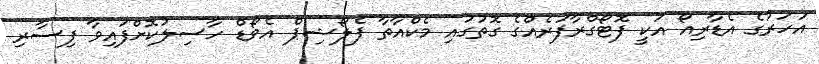
އަހަރުގެ އެޑާރިއޯ އަކީ ފޮޓޯގްރާފަރެެއްގެ ގޮތުގައި މެކްއާތާ ފެލޯޝިޕް އެވޯޑް ހާސިލުކޮށްފައިވާ ފިސާރި